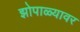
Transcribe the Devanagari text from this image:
झोपाळ्यावर